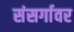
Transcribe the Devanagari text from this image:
संसर्गावर